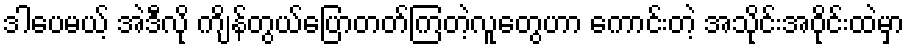
ဒါပေမယ့် အဲဒီလို ကျိန်တွယ်ပြောတတ်ကြတဲ့လူတွေဟာ ကောင်းတဲ့ အသိုင်းအဝိုင်းထဲမှာ